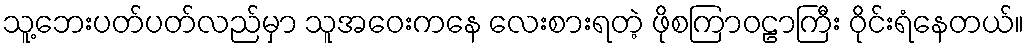
သူ့ဘေးပတ်ပတ်လည်မှာ သူအဝေးကနေ လေးစားရတဲ့ ဖိုစကြာဝဠာကြီး ဝိုင်းရံနေတယ်။